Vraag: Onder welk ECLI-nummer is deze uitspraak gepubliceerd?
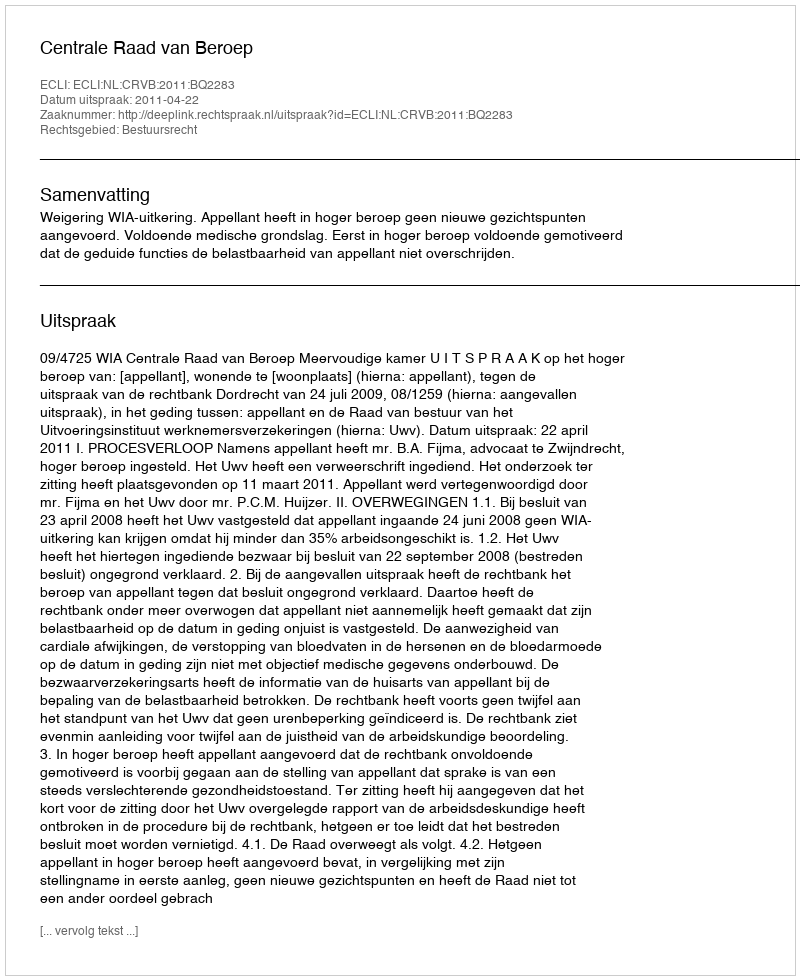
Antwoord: ECLI:NL:CRVB:2011:BQ2283